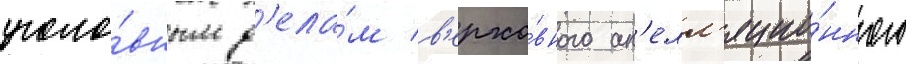
уголо́вным д'ела́м в'ерхо́вного ап'елл'яцио́нного